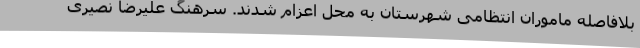
بلافاصله ماموران انتظامی شهرستان به محل اعزام شدند. سرهنگ علیرضا نصیری